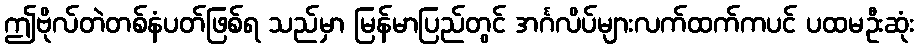
ဤဗိုလ်တဲတစ်နံပတ်ဖြစ်ရ သည်မှာ မြန်မာပြည်တွင် အင်္ဂလိပ်များလက်ထက်ကပင် ပထမဦးဆုံး